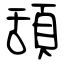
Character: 頢